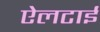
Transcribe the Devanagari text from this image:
ऐलटाई